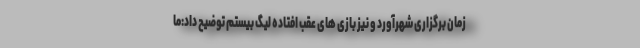
زمان برگزاری شهرآورد و نیز بازی های عقب افتاده لیگ بیستم توضیح داد:ما